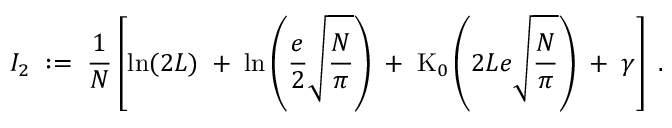
I _ { 2 } \; : = \; \frac { 1 } { N } \left[ \ln ( 2 L ) \; + \; \ln \left( \frac { e } { 2 } \sqrt { \frac { N } { \pi } } \right) \; + \; \mathrm { K } _ { 0 } \left( 2 L e \sqrt { \frac { N } { \pi } } \right) \; + \; \gamma \right] \; .